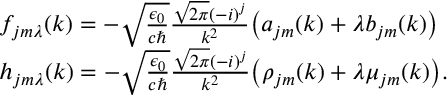
\begin{array} { r l } & { f _ { j m \lambda } ( k ) = - \sqrt { \frac { \epsilon _ { 0 } } { c \hbar } } \frac { \sqrt { 2 \pi } ( - i ) ^ { j } } { k ^ { 2 } } \big ( a _ { j m } ( k ) + \lambda b _ { j m } ( k ) \big ) } \\ & { h _ { j m \lambda } ( k ) = - \sqrt { \frac { \epsilon _ { 0 } } { c \hbar } } \frac { \sqrt { 2 \pi } ( - i ) ^ { j } } { k ^ { 2 } } \big ( \rho _ { j m } ( k ) + \lambda \mu _ { j m } ( k ) \big ) . } \end{array}